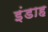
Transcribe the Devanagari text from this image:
इंडाह